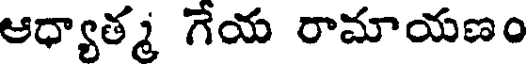
ఆధ్యాత్మ గేయ రామాయణం